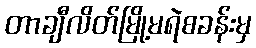
တာချီလိတ်မြို့မရဲစခန်းမှ